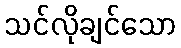
သင်လိုချင်သော